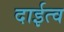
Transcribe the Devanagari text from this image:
दाईत्व